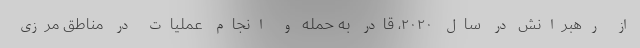
از رهبرانش در سال ۲۰۲۰، قادر به حمله و انجام عملیات در مناطق مرزی